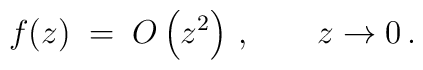
f (z) \; = \; O \left( z^2 \right) \, , \qquad z \to 0 \, .